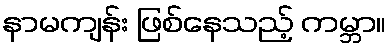
နာမကျန်း ဖြစ်နေသည့် ကမ္ဘာ။